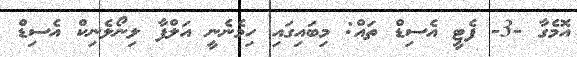
އޮމެގާ -3- ފެޓީ އެސިޑް ތައް: މިބައިގައި ހިމެނެނީ އަލްފާ ލިނޯލެނިކް އެސިޑް